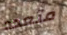
متعدد